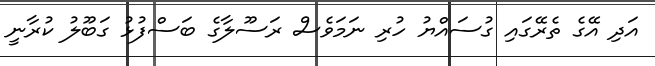
އަދި އޭގެ ތެރޭގައި ގުސައްޔު ހުރި ނަމަވެސް ރަސޫލާގެ ބަސްފުޅު ގަބޫލު ކުރާނީ